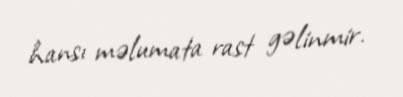
hansı məlumata rast gəlinmir.